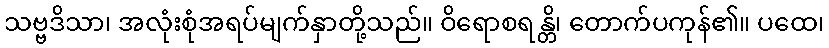
သဗ္ဗဒိသာ၊ အလုံးစုံအရပ်မျက်နှာတို့သည်။ ဝိရောစရန္တိ၊ တောက်ပကုန်၏။ ပထေ၊